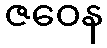
ဇဝေန